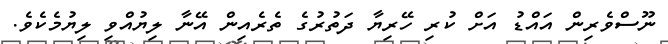
ނޫސްވެރިން އައްޑު އަށް ކުރި ހޭރިޔާ ދަތުރުގެ ތެރެއިން އޭނާ ލިޔުއްވި ލިޔުމެކެވެ.